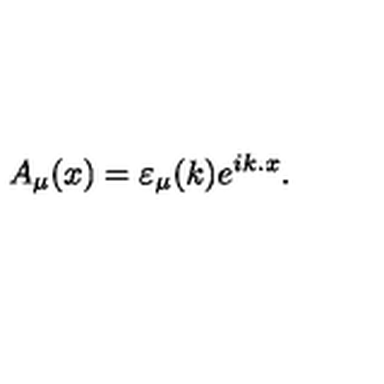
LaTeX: A _ { \mu } ( x ) = \varepsilon _ { \mu } ( k ) e ^ { i k . x } .